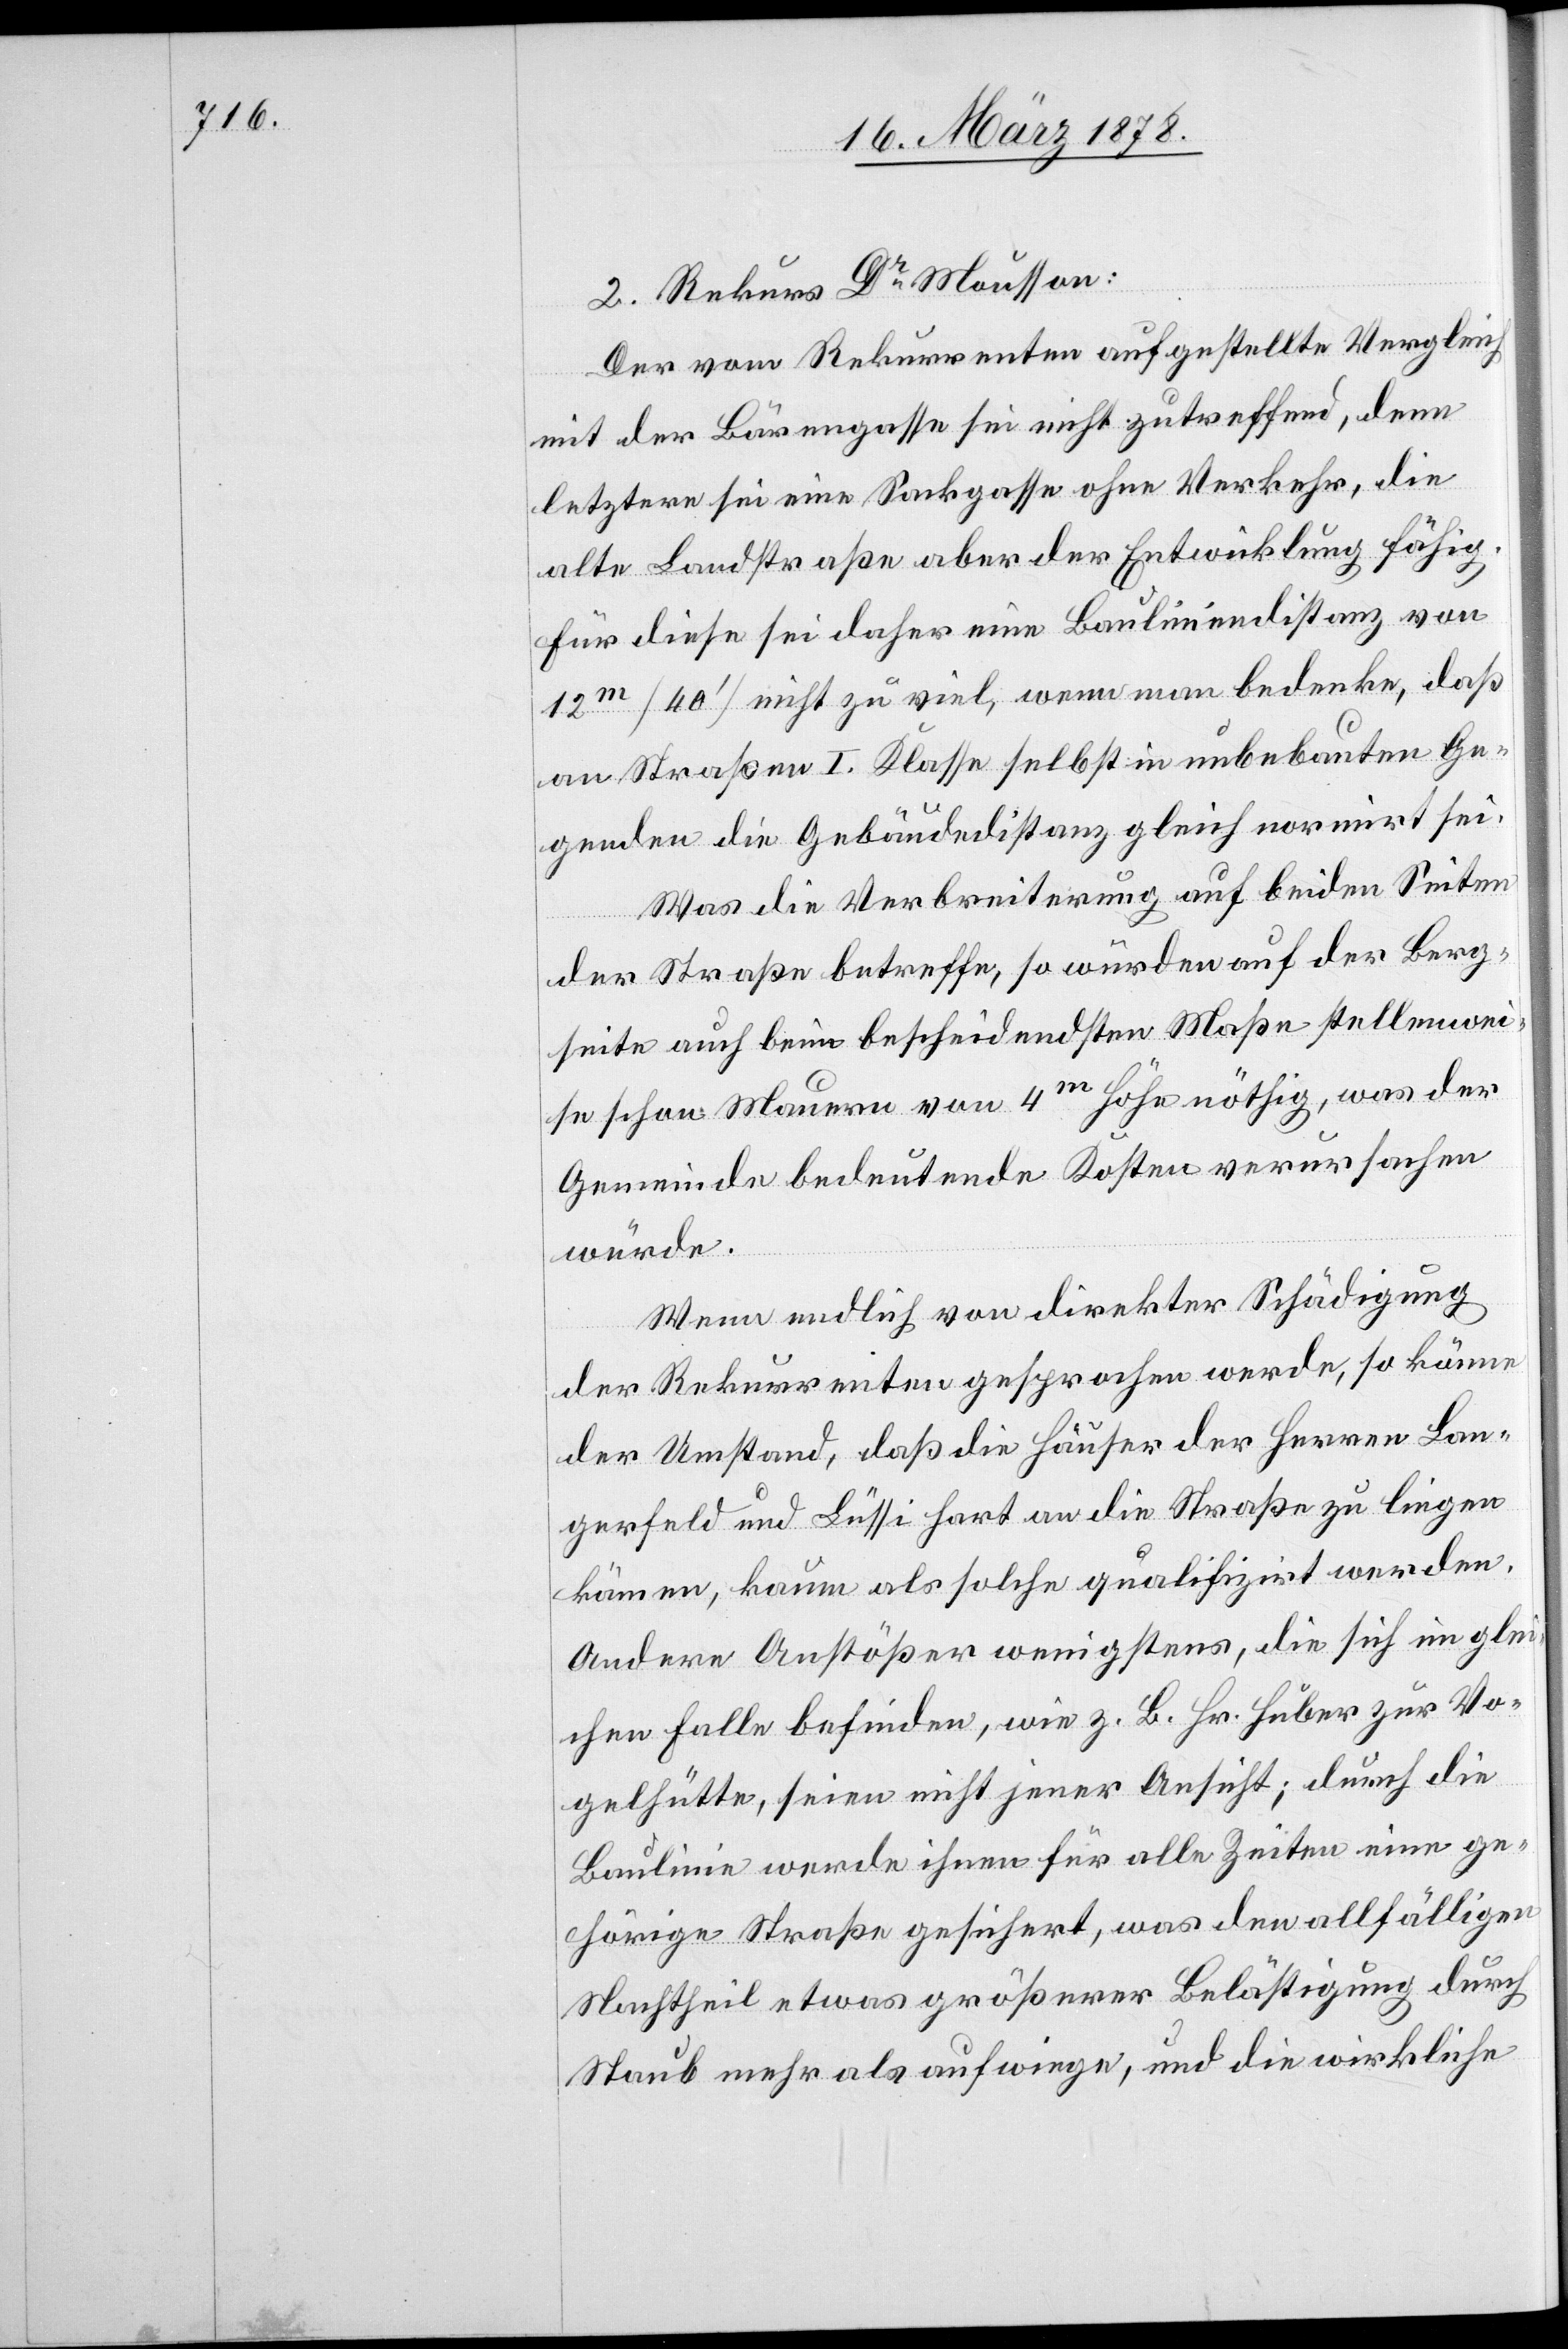
2. Rekurs Dr Mousson:
Der vom Rekurrenten aufgestellte Vergleich
mit der Bärengasse sei nicht zutreffend, denn
letztere sei eine Sackgasse ohne Verkehr, die
alte Landstraße aber der Entwicklung fähig.
Für diese sei daher eine Bauliniendistanz von
12m (40’) nicht zu viel, wenn man bedenke, daß
an Straßen I. Klasse selbst in unbebauten Ge¬
genden die Gebäudedistanz gleich normirt sei.
Was die Verbreiterung auf beiden Seiten
der Straße betreffe, so würden auf der Berg¬
seite auch beim bescheidensten Maße stellenwei¬
se schon Mauern von 4m Höhe nöthig, was der
Gemeinde bedeutende Kosten verursachen
würde.
Wenn endlich von direkter Schädigung
der Rekurrenten gesprochen werde, so könne
der Umstand, daß die Häuser der Herren Lan¬
gerfeld und Lüssi hart an die Straße zu liegen
kämen, kaum als solche qualifizirt werden.
Andere Anstößer wenigstens, die sich im glei¬
chen Falle befinden, wie z. B. Hr. Huber zur Vo¬
gelhütte, seien nicht jener Ansicht; durch die
Baulinie werde ihnen für alle Zeiten eine ge¬
hörige Straße gesichert, was den allfälligen
Nachtheil etwas größerer Belästigung durch
Staub mehr als aufwiege, und die wirkliche